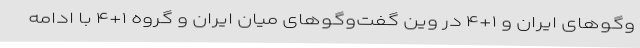
‌وگوهای ایران و ۱+۴ در وین گفت‌وگوهای میان ایران و گروه ۱+۴ با ادامه